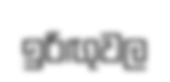
ඉරිඟුවල